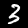
Label: 3